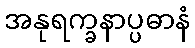
အနုရက္ခနာပ္ပဓာနံ